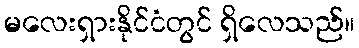
မလေးရှားနိုင်ငံတွင် ရှိလေသည်။